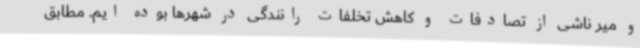
و میر ناشی از تصادفات و کاهش تخلفات رانندگی در شهرها بوده ایم. مطابق